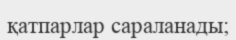
қатпарлар сараланады;